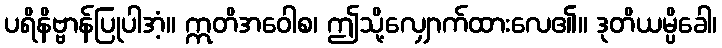
ပရိနိဗ္ဗာန်ပြုပါအံ့။ ဣတိအဝေါစ၊ ဤသို့လျှောက်ထားလေ၏။ ဒုတိယမ္ပိခေါ၊